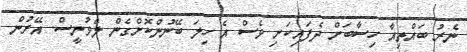
ނެރު ބައްތިއާ ހިސާބަށް ދެފައިކަށި ވެސް އެ ހިލަ ބޭނުންކޮށްގެން ލެވުނީސް. އޭރުން